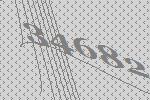
34682